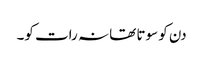
دن کو سوتا تھا نہ رات کو۔